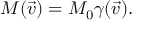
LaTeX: M ( \vec { v } ) = M _ { 0 } \gamma ( \vec { v } ) .